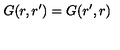
G ( r , r ^ { \prime } ) = G ( r ^ { \prime } , r )